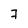
Character: 7